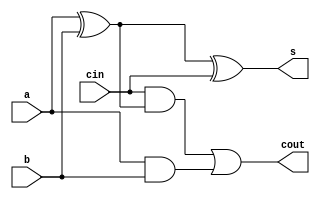
module full_adder
(

    input a, 
    input b,
    input cin,
    output s,
    output cout
);

    wire w1, w2, w3;
    xor u0(w1, a, b);
    xor u1 (s, w1, cin);
    and u2 (w2, cin, w1);
    and u3 (w3, a, b);
    or u4 (cout, w2, w3);
endmodule